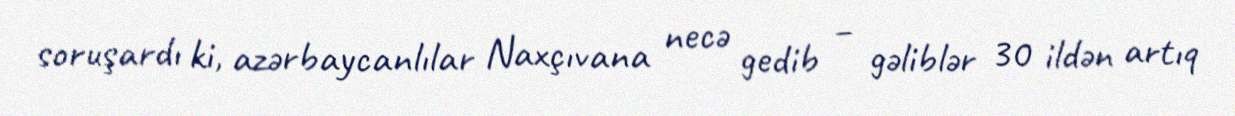
soruşardı ki, azərbaycanlılar Naxçıvana necə gedib – gəliblər 30 ildən artıq